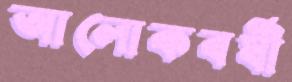
আলোকবর্ষী